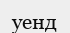
уенд